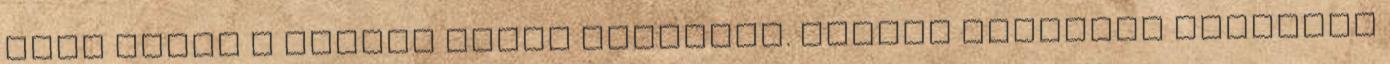
klán jelét a fekete színű skorpiót. Ezután hatalmas ünnepség